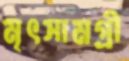
মৃৎসামগ্রী